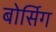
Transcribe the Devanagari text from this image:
बोर्सिग